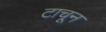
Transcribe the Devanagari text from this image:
टाचून